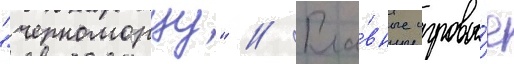
"черноморцу" // Гла́вные игровы́е